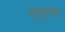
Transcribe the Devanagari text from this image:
पंगुराना